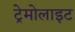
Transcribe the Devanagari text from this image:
ट्रेमोलाइट